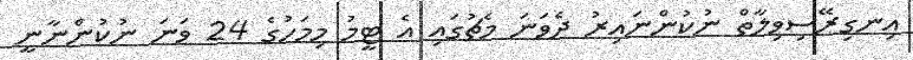
އިނގިރޭސިވިލާތް ނުކުންނައިރު ދެވަނަ މެޗުގައި އެ ޓީމު މިމަހުގެ 24 ވަނަ ނުކުންނާނީ